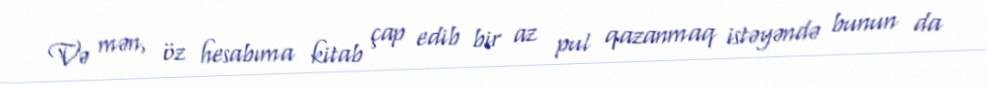
Və mən, öz hesabıma kitab çap edib bir az pul qazanmaq istəyəndə bunun da